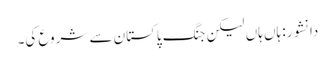
دانشور: ہاں ہاں لیکن جنگ پاکستان سے شروع کی۔